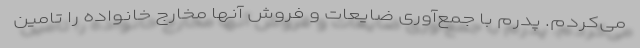
می‌کردم. پدرم با جمع‌آوری ضایعات و فروش آنها مخارج خانواده را تامین